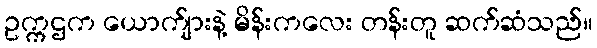
ဥက္ကဌက ယောက်ျားနဲ့ မိန်းကလေး တန်းတူ ဆက်ဆံသည်။